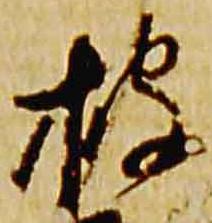
披